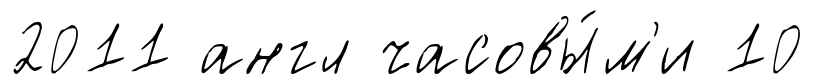
2011 англ часовы́м'и 10